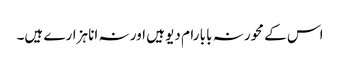
اس کے محور نہ بابا رام دیو ہیں اور نہ انا ہزارے ہیں۔